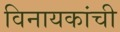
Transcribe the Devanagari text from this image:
विनायकांची